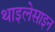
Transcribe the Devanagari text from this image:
थाइलेसाइन